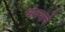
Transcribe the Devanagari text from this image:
घोक्याचे